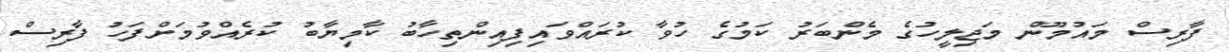
ފާރިސް މައުމޫން މަޖިލީހުގެ މެންބަރު ކަމުގެ ހުވާ ކުރައްވައިފިއިންތިހާބު ކާމިޔާބު ކުރެއްވުމަށްފަހު ފާރިސް